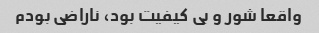
واقعا شور و بی کیفیت بود، ناراضی بودم